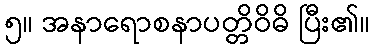
၅။ အနာရောစနာပတ္တိဝိဓိ ပြီး၏။